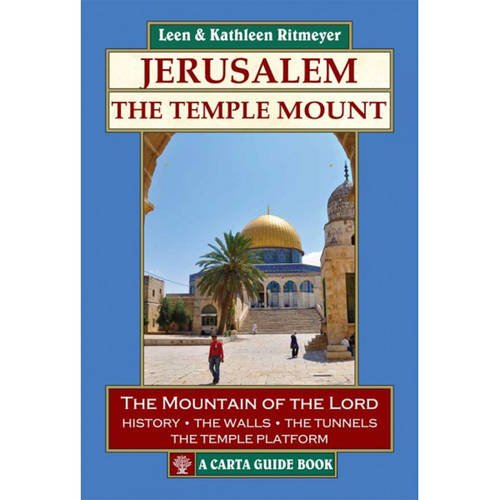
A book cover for Jerusalem -The Temple Mount; Leen &. Kathleen Ritmeyer; Travel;